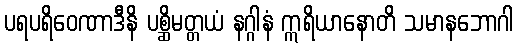
ပရပရိဝေဏာဒီနိ ပစ္ဆိမတ္တယံ နဂ္ဂါနံ ဣရိယာနောတိ သမာနဘောဂါ